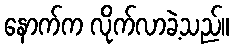
နောက်က လိုက်လာခဲ့သည်။